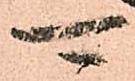
可